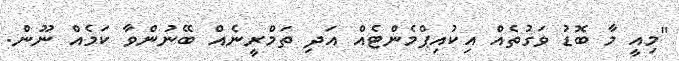
"މިއީ މާ ބޮޑު ވަގުތެއް އިކުއިޕްމެންޓެއް އަދި ތަމްރީނެއް ބޭނުންވާ ކަމެއް ނޫން.